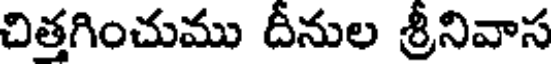
చిత్తగించుము దీనుల శ్రీనివాస